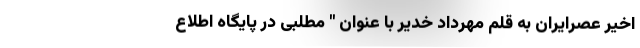
اخیر عصرایران به قلم مهرداد خدیر با عنوان " مطلبی در پایگاه اطلاع